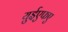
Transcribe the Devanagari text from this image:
युईएफए